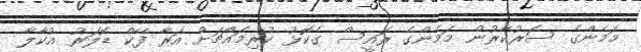
މަމެންގެ ސަރުކާރުން މަމެންގެ ރައީސް ގެކޮޅު ކުރިމައްޗަށް އަރާ ފޭކް ޑޮލަރު އުކާލާ